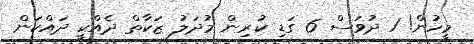
މީހުން! 1 ދުވަސް 6 ގަޑި ކުރިން މުދަލު ޒަކާތް ދެއްކީ ދައްކަން